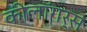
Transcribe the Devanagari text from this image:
कीलॉगर्स